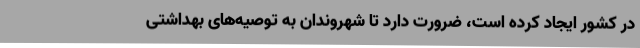
در کشور ایجاد کرده است، ضرورت دارد تا شهروندان به توصیه‌های بهداشتی